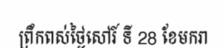
ព្រឹកពស់ថ្ងៃសៅរ៍ ទី 28 ខែមករា